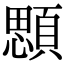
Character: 顋